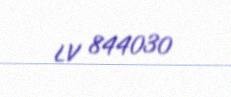
LV 844030